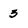
Character: 3